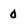
Character: 0